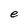
Character: e